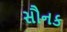
સૌનક